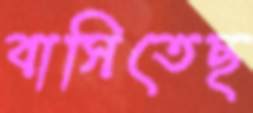
বাসিতেছ